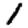
Digit: 1